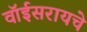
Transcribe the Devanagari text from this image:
वॉईसरायचे